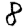
Digit: 8